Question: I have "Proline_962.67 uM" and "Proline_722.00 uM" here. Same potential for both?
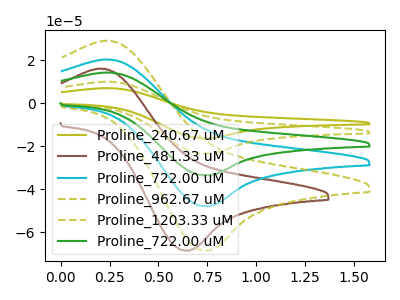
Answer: <think>The olive curve "Proline_240.67 uM" has an anodic peak at (0.25V, 81.10uA) and a cathodic peak at (0.75V, -192.10uA). The brown curve "Proline_481.33 uM" has an anodic peak at (0.20V, 16.05uA) and a cathodic peak at (0.65V, -68.65uA). The cyan curve "Proline_722.00 uM" has an anodic peak at (0.25V, 20.30uA) and a cathodic peak at (0.75V, -48.05uA). The olive dashed curve "Proline_962.67 uM" has an anodic peak at (0.25V, 29.00uA) and a cathodic peak at (0.75V, -68.65uA). The olive dashed curve "Proline_1203.33 uM" has an anodic peak at (0.25V, 60.85uA) and a cathodic peak at (0.75V, -144.10uA). The green curve "Proline_722.00 uM" has an anodic peak at (0.25V, 40.55uA) and a cathodic peak at (0.75V, -96.05uA).
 All the peaks in "Proline_962.67 uM" have a peak in "Proline_722.00 uM" at the same potential. Every peak in "Proline_962.67 uM" is higher than every peak in "Proline_722.00 uM".</think>
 <answer>"Proline_962.67 uM" and "Proline_722.00 uM" are similar in shape.</answer>
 <eval>same_shape</eval>